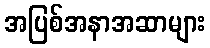
အပြစ်အနာအဆာများ